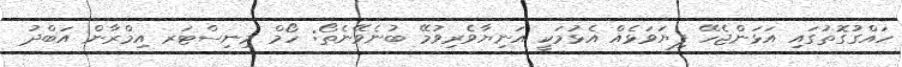
ހައްގުގޮތުގައި އަޅަންޖެހޭ ފިޔަވަޅެއް އެޅުމަކީ އަނިޔާވެރިވުމޭ ބުނެވޭނެތޯ: ހޯމް މިނިސްޓަރ އިމްރާން އަބްދު